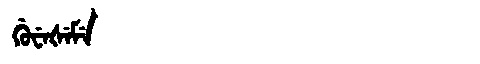
Manchu: ᡤᡠᠸᡝᡧᡝᠮᡝ
Romanization: GUWEŠEME